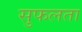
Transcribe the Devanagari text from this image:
सुफलता